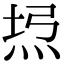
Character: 𤈔